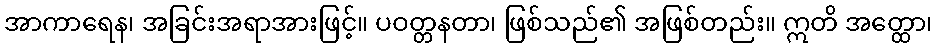
အာကာရေန၊ အခြင်းအရာအားဖြင့်။ ပဝတ္တနတာ၊ ဖြစ်သည်၏ အဖြစ်တည်း။ ဣတိ အတ္ထော၊